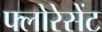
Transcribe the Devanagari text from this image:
फ्लोरेसेंट